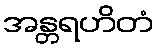
အန္တရဟိတံ